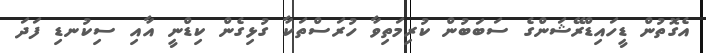
އެގޮތުން ޑީހައިޑްރޭޝަންގެ ސަބަބުން ކުރިމަތިވާ ހުރަސްތަކާ ގުޅިގެން ކިޑްނީ އާއި ސިކުނޑި ފަދަ